Medical and sanitary report of the native army of Bengal for the year
Year: 1874
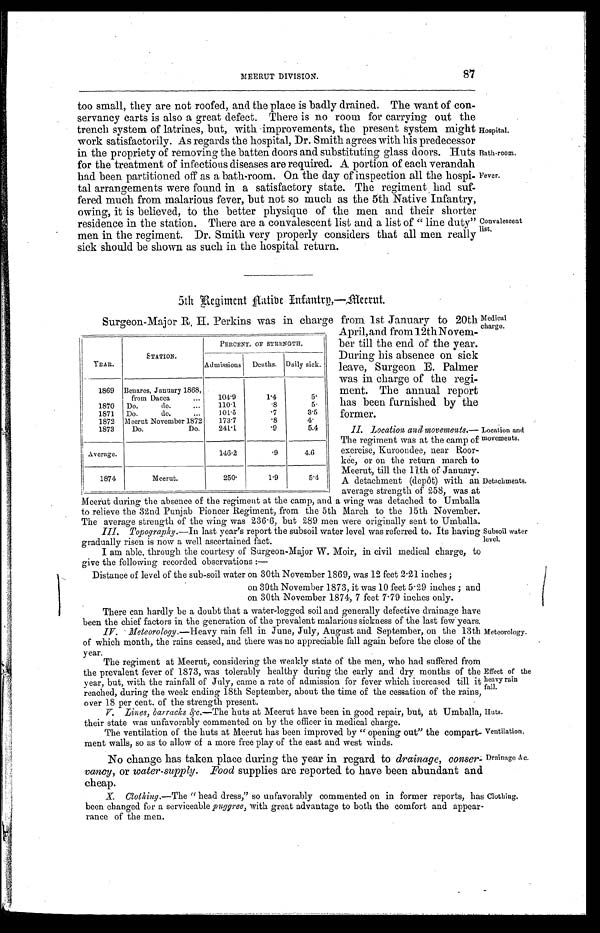
Hospital
Bath-room.
Fever.
Location and
movements.
Detachments.
Subsoil water
level.
Meteorology.
Effect of the
heavy rain
fall.
Huts.
Ventilation.
87
MEERUT DIVISION.
too small, they are not roofed, and the place is badly drained. The want of con
-servancy carts is also a great defect. There is no room for carrying out the
trench system of latrines, but, with improvements, the present system might
work satisfactorily. As regards the hospital, Dr. Smith agrees with his predecessor
in the propriety of removing the batten doors and substituting glass doors. Huts
for the treatment of infectious diseases are required. A portion of each verandah
had been partitioned off as a bath-room. On the day of inspection all the hospi
-tal arrangements were found in a satisfactory state. The regiment had suf
-fered much from malarious fever, but not so much as the 5th Native Infantry,
owing, it is believed, to the better physique of the men and their shorter
residence in the station. There are a convalescent list and a list of "line duty"
men in the regiment. Dr. Smith very properly considers that all men really
sick should be shown as such in the hospital return.
5th Regiment Native Infantry—Meerut.
Surgeon-Magor R.H Perkin was in charge from 1st January to 20th
April, and from 12th Novem
-ber till the end of the year.
During his absence on sick
leave, Surgeon E. Palmer
was in charge of the regi
-ment. The annual report
has been furnished by the
former.
II. Location and movements .—
The regiment was at the camp of
exercise, Kuroondee, near Roor -
kee, or on the return march to
Meerut, till the 11th of January.
A detachment (depôt) with an
average strength of 258, was at
Meerut during the absence of the regiment at the camp, and a wing was detached to Umballa
to relieve the 32nd Punjab Pioneer Regiment, from the 5th March to the 15th November.
The average strength of the wing was 236.6, but 289 men were originally sent to Umballa.
III. Topography .—In last year's report the subsoil water level was referred to. Its having
gradually risen is now a well ascertained fact.
I am able, through the courtesy of Surgeon-Major W. Moir, in civil medical charge, to
give the following recorded observations:—
Distance of level of the sub-soil water on 30th November 1869, was 12 feet 2.21 inches;
on 30th November 1873, it was 10 feet 5.29 inches;
on 30th November 1874, 7 feet 7.79 inches only.
There can hardly be a doubt that a water-logged soil and generally defective drainage have
been the chief factors in the generation of the prevalent malarious sickness of the last few years.
IV. Meteorology .—Heavy rain fell in June, July, August and September, on the 13th
of which month, the rains ceased, and there was no appreciable fall again before the close of the
year.
The regiment at Meerut, considering the weakly state of the men, who had suffered from
the prevalent fever of 1873, was tolerably healthy during the early and dry months of the
year, but, with the rainfall of July, came a rate of admission for fever which increased till it
reached, during the week ending 18th September, about the time of the cessation of the rains,
over 18 per cent. of the strength Present.
V. Lines, barracks &c.—The huts at Meerut have been in good repair, but, at Umballa,
their state was unfavorably commented on by the officer in medical charge.
The ventilation of the huts at Meerut has been improved by "opening out" the compart
-ment walls, so as to allow of a more free play of the east and west winds.
YEAR.
STATION.
PERCENT. OF STRENGTH.
Admissions
Deaths. Daily sick.
1869 Benares, January 1868,
from Dacca . . .
104.9
1.4
5 .
1870
Do. do. . . .
110.1
.8
5 .
1871
Do. do. . . .
101.5
.7
3.5
1872 Meerut November 1872
173.7
.8
4 .
1873
Do.Do.
241.1
.9
5.4
Average.
146.2
.9
4.6
1874
Meerut.
250.
1.9
5.4
and
Convalescent
list.
Medical
charge.
No change has taken place during the year in regard to drainage, conser
-vancy, or water-supply. Food supplies are reported to have been abundant and
cheap.
X. Clothing .—The " head dress, so unfavorably commented on in former reports, has
been changed for a serviceable puggree, with great advantage to both the comfort and appear
-rance of the men.
Drainage &c.
Clothing.